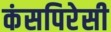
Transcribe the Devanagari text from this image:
कंसपिरेसी